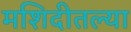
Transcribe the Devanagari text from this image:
मशिदीतल्या